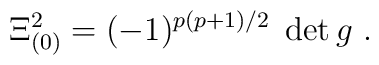
\Xi_{(0)}^2= (-1)^{p(p+1)/2}\; \det g\ .